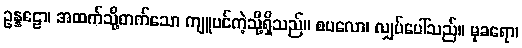
ဥန္နဠော၊ အထက်သို့တက်သော ကျူပင်ကဲ့သို့ရှိသည်။ စပလော၊ လျှပ်ပေါ်သည်။ မုခရော၊